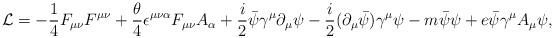
LaTeX: \begin{align*}{\cal L} = -\frac{1}{4}F_{\mu\nu}F^{\mu\nu}+\frac{\theta}{4}\epsilon^{\mu\nu\alpha}F_{\mu\nu}A_{\alpha}+\frac{i}{2}\bar{\psi}\gamma^{\mu}\partial_{\mu}\psi-\frac{i}{2}(\partial_{\mu}\bar{\psi})\gamma^{\mu}\psi-m\bar{\psi}\psi+e\bar{\psi}\gamma^{\mu}A_{\mu}\psi ,\end{align*}